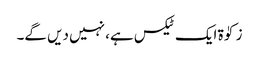
زکوٰۃ ایک ٹیکس ہے، نہیں دیں گے۔